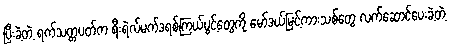
ပြီးခဲ့တဲ့ ရက်သတ္တပတ်က ရီးရဲလ်မက်ဒရစ်ကြယ်ပွင့်တွေကို မော်ဒယ်မြင့်ကားသစ်တွေ လက်ဆောင်ပေးခဲ့တဲ့